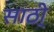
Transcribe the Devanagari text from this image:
साठी्